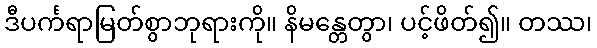
ဒီပင်္ကရာမြတ်စွာဘုရားကို။ နိမန္တေတွာ၊ ပင့်ဖိတ်၍။ တဿ၊